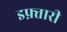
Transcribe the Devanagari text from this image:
इफ़्तारी